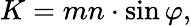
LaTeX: K=mn\cdot\sin\varphi,